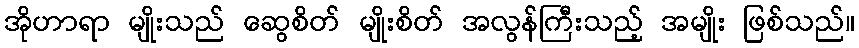
အိုဟာရာ မျိုးသည် ဆွေစိတ် မျိုးစိတ် အလွန်ကြီးသည့် အမျိုး ဖြစ်သည်။